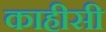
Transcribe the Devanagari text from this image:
काहीसी